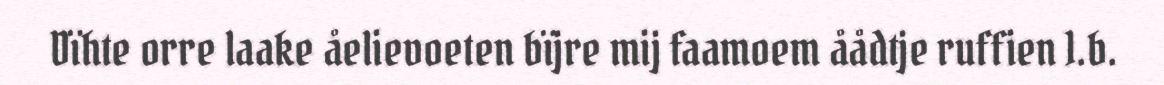
Dïhte orre laake åelievoeten bïjre mij faamoem åådtje ruffien 1.b.